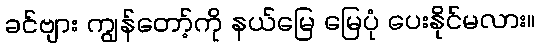
ခင်ဗျား ကျွန်တော့်ကို နယ်မြေ မြေပုံ ပေးနိုင်မလား။